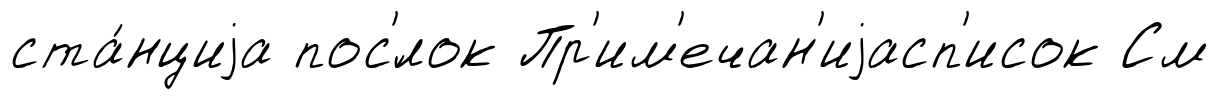
ста́нциjа пос'́лок Пр'им'ечан'иjасп'исок См